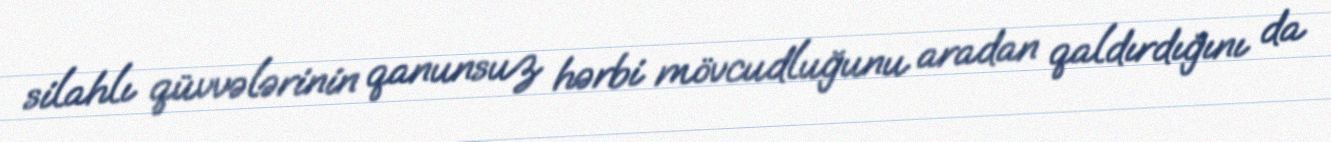
silahlı qüvvələrinin qanunsuz hərbi mövcudluğunu aradan qaldırdığını da